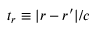
t _ { r } \equiv | \boldsymbol { r } - \boldsymbol { r } ^ { \prime } | / c